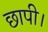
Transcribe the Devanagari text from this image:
छापी।